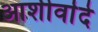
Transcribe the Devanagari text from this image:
आशीर्वादे